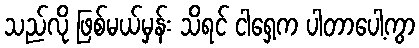
သည်လို ဖြစ်မယ်မှန်း သိရင် ငါရှေ့က ပါတာပေါ့ကွာ